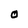
Character: O